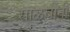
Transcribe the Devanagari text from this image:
साळवींनी